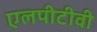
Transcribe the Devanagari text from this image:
एलपीटीवी